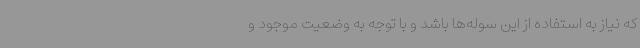
که نیاز به استفاده از این سوله‌ها باشد و با توجه به وضعیت موجود و